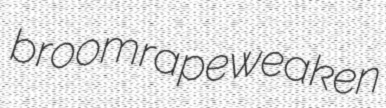
broomrape weaken